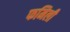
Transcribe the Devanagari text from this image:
फमिली